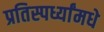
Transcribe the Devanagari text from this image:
प्रतिस्पर्ध्यांमधे